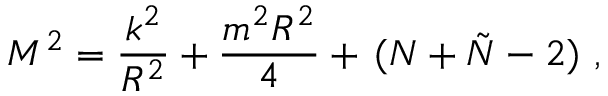
M ^ { 2 } = \frac { k ^ { 2 } } { R ^ { 2 } } + \frac { m ^ { 2 } R ^ { 2 } } { 4 } + \, ( N + \tilde { N } - 2 ) \ ,